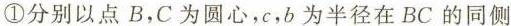
①分别以点B，C为圆心，c，b为半径在BC的同侧